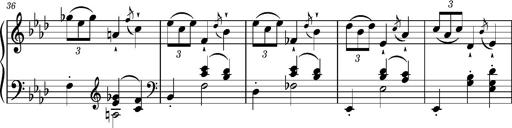
Title: Petite valse favorite
Composer: Franz Liszt
Key: A-flat major